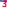
Text: 3